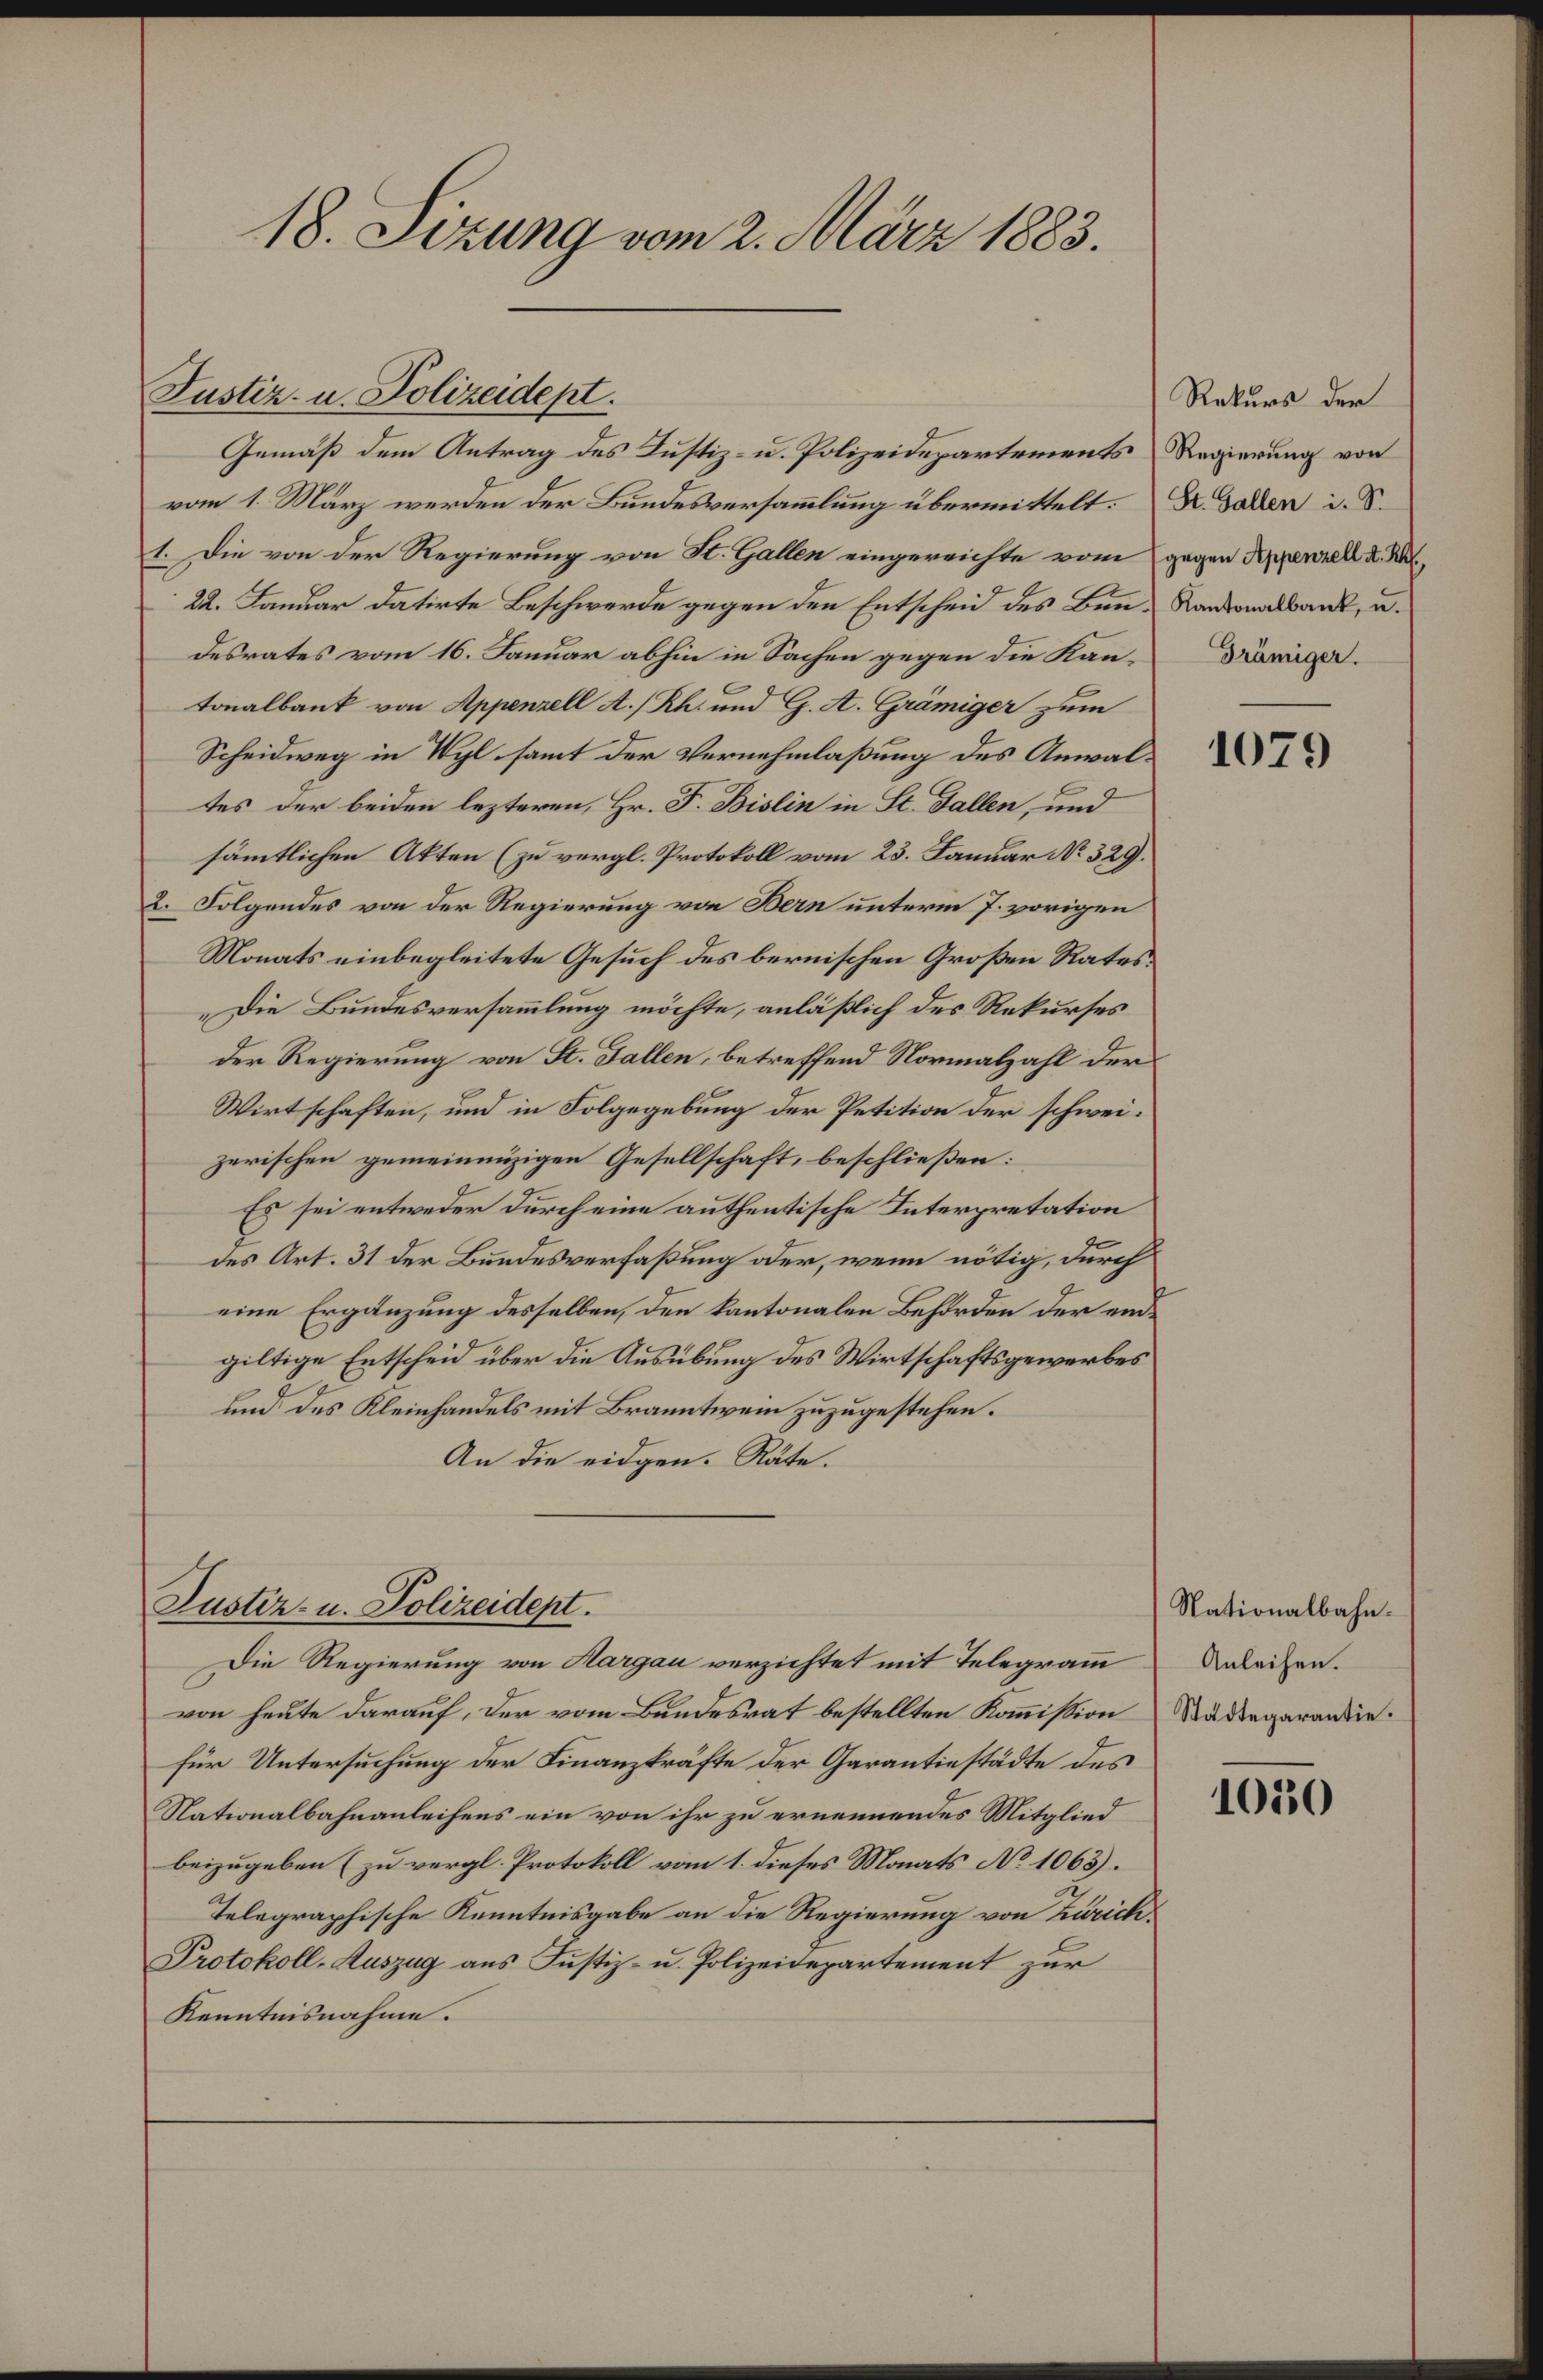
18. Sizung vom 2. März 1883.

Gemäß dem Antrag des Justiz- u. Polizeidepartements Regierung von
vom 1. März werden der Bundesversammlung übermittelt. Dr. Gallen i. S.
1. Die von der Regierung von St. Gallen eingereichte vom gegen Appenzell A. K
22. Januar datirte Beschwerde gegen den Entscheid des Bun-Rantonalbank, u.
desrates vom 16. Januar abhin in Sachen gegen die Kantonalbank von Appenzell A/Rh. und G. A. Grämiger zum
Scheidweg in Wyl samt der Vernehmlaßung des Anwaltes der beiden lezteren, Hr. F. Bislin in St. Gallen, und
sämmtlichen Akten (zu vergl. Protokoll vom 23. Januar No. 329.
2. Folgendes von der Regierung von Bern unterm 7. vorigen
Monats einbegleitete Gesuch des bernischen Großen Rates¬
„Die Bundesversammlung möchte, anläßlich des Rekurses
der Regierung von St. Gallen, betreffend Normalzahl der
Wirtschaften, und in Folgegebung der Petition der schweizerischen gemeinnüzigen Gesellschaft, beschließen:
Es sei entweder durch eine authentische Interpretation
des Art. 31 der Bundesverfaßung oder, wenn nötig, durch
eine Ergänzung desselben, den kantonalen Behörden der endgiltige Entscheid über die Ausübung des Wirtschaftsgewerbes
und des Kleinhandels mit Branntwein zuzugestehen.
An die eidgen. Räte.

Justiz- u. Polizeidept.

Justiz- u. Polizeidept.
Die Regierung von Aargau verzichtet mit Telegramm

von heute darauf, der vom Bundesrat bestellten Kommission
für Untersuchung der Finanzkräfte der Garantiestädte des
Nationalbahnanleihens ein von ihr zu ernennendes Mitglied
beizugeben (zu vergl. Protokoll vom 1. dieses Monats No 1063).
Telegraphische Kenntnisgabe an die Regierung von Zürich¬
Protokoll-Auszug aus Justiz- u. Polizeidepartement zur
Kenntnisnahme.

Rekurs der
Drämiger.

1079

Nationalbahn.
Anleihen.
Städtegarantie.

1050